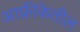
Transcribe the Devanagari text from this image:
आफ्रीकेतील